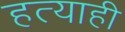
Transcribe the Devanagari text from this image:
हत्याही